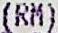
(RM)